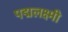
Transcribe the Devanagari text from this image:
पद्मलक्ष्मी